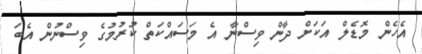
އެހެން މޮޑެލް އަކަށް ދާން ވިސްނާ އެ މަސައްކަތް ކުރުމުގެ ވިސްނުން އެބަ